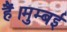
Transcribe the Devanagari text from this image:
हैं।मुम्बई